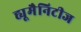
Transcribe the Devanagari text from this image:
ह्यूमैनिटीज